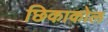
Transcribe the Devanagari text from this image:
छिकाकोल